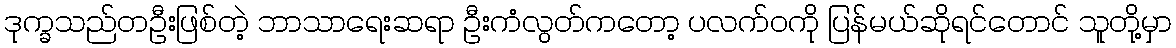
ဒုက္ခသည်တဦးဖြစ်တဲ့ ဘာသာရေးဆရာ ဦးကံလွတ်ကတော့ ပလက်ဝကို ပြန်မယ်ဆိုရင်တောင် သူတို့မှာ